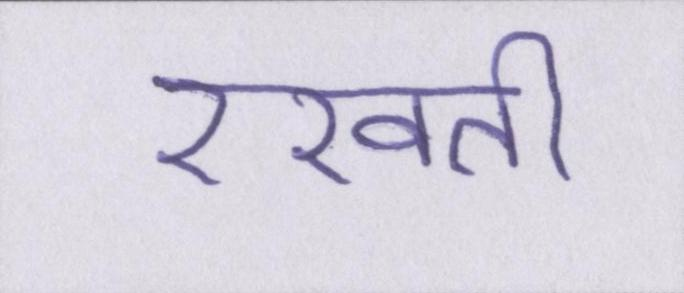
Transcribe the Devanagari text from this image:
रखती